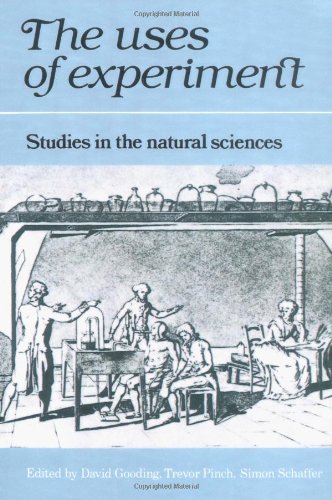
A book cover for The Uses of Experiment: Studies in the Natural Sciences; Science & Math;